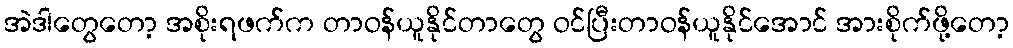
အဲဒါတွေတော့ အစိုးရဖက်က တာဝန်ယူနိုင်တာတွေ ဝင်ပြီးတာဝန်ယူနိုင်အောင် အားစိုက်ဖို့တော့